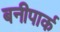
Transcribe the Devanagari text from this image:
बनीपार्क